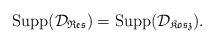
LaTeX: \begin{align*}\mathrm{Supp}(\mathcal{D}_\mathfrak{Res})=\mathrm{Supp}(\mathcal{D}_\mathfrak{Kosz}).\end{align*}